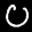
Label: 0